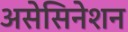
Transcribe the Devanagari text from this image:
असेसिनेशन